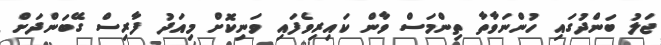
ޖަލު ބަންދުގައި ހުންނަވާތާ ތިންމަސް ވާން ކައިރިވެފައި ވަނިކޮށް މިއަދު ފާރިސް ގޭބަންދަށް